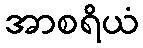
အာစရိယံ